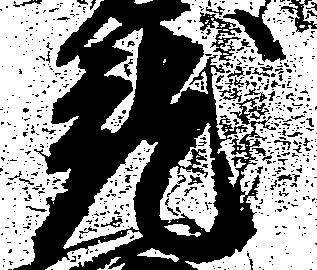
就